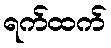
ရက်ထက်